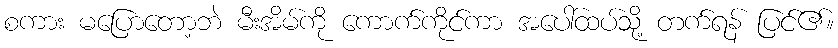
စကား မပြောတော့ဘဲ မီးအိမ်ကို ကောက်ကိုင်ကာ အပေါ်ထပ်သို့ တက်ရန် ပြင်၏။